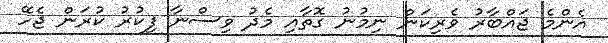
އެންމެ ޖައްބާރު ވެރިކަން ނިމުނު ގޮތާއި މެދު ވިސްނާ ފިކުރު ކުރަން ޖެހޭ